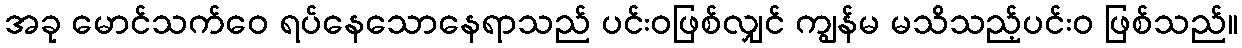
အခု မောင်သက်ဝေ ရပ်နေသောနေရာသည် ပင်းဝဖြစ်လျှင် ကျွန်မ မသိသည့်ပင်းဝ ဖြစ်သည်။